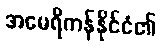
အမေရိကန်နိုင်ငံ၏